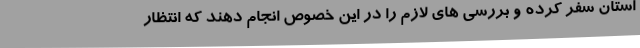
استان سفر کرده و بررسی های لازم را در این خصوص انجام دهند که انتظار